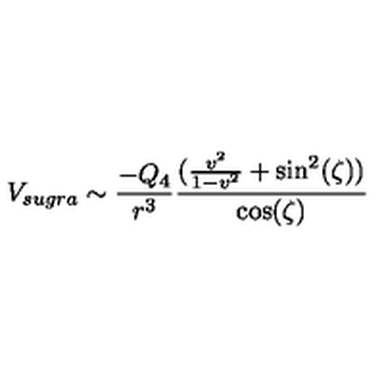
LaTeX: V _ { s u g r a } \sim \frac { - Q _ { 4 } } { r ^ { 3 } } \frac { ( \frac { v ^ { 2 } } { 1 - v ^ { 2 } } + \sin ^ { 2 } ( \zeta ) ) } { \cos ( \zeta ) }